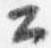
公